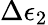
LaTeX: \Delta\epsilon_{2}